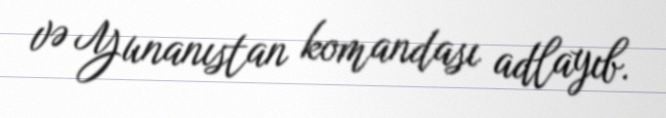
və Yunanıstan komandası adlayıb.